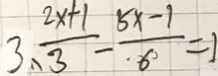
3 、 \frac { 2 x + 1 } { 3 } - \frac { 5 x - 1 } { 6 } = 1